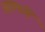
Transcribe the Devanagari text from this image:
आडमार्गीं